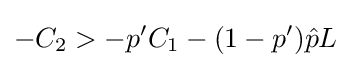
-C_{2}>-p'C_{1}-(1-p'){\hat {p}}L